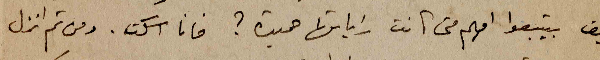
كيف بيتبعوا امهم متى كانت راياتها حميدة؟ فانا اسكت. ومن ثم انزل